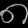
Digit: ၈